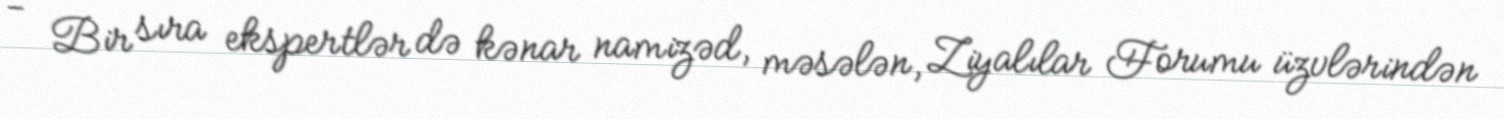
- Bir sıra ekspertlər də kənar namizəd, məsələn, Ziyalılar Forumu üzvlərindən